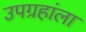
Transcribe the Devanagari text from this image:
उपग्रहांला